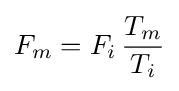
F_{m}=F_{i}\,{\frac {T_{m}}{T_{i}}}